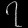
Digit: ၇